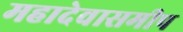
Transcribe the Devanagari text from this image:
महादेवासमीप